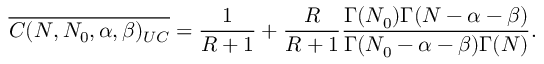
\overline { { C ( N , N _ { 0 } , \alpha , \beta ) _ { U C } } } = \frac { 1 } { R + 1 } + \frac { R } { R + 1 } \frac { \Gamma ( N _ { 0 } ) \Gamma ( N - \alpha - \beta ) } { \Gamma ( N _ { 0 } - \alpha - \beta ) \Gamma ( N ) } .